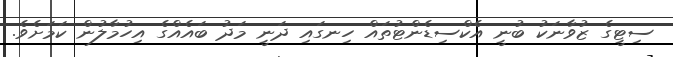
ސިޓީގެ ޒުވާނަކު ބުނީ އެކްސިޑެންޓުތައް ހިނގައި ދަނީ މަދު ބައެއްގެ އިހުމާލުން ކަމަށެވެ.